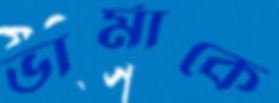
ভার্মাকে